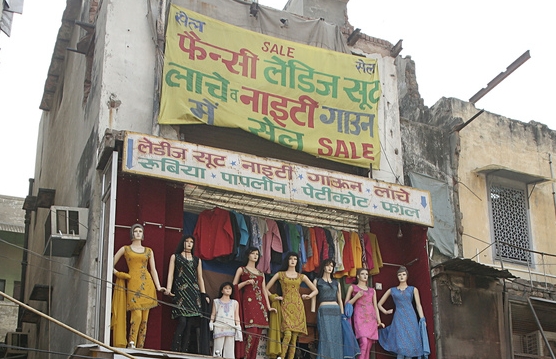
Language: hindi
Transcription: में फैन्सी लांचे फाल पापलीन गाउन नाइटी लाचे लेडिज सेल सेल नाइटी सूट रुबिया व पेटीकोट सूट लेडीज